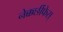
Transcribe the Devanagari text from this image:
नेक्कर्छीफेस्